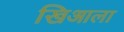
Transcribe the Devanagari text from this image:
खिआला